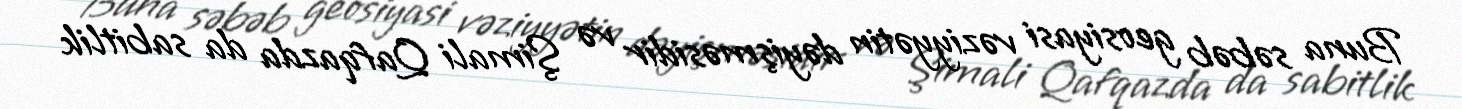
Buna səbəb geosiyasi vəziyyətin dəyişməsidir və Şimali Qafqazda da sabitlik